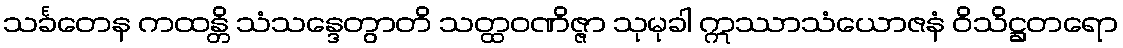
သင်္ခတေန ကထန္တိ သံသန္ဒေတွာတိ သတ္ထဝဏိဇ္ဇာ သုမုခါ ဣဿာသံယောဇနံ ဝိသိဋ္ဌတရော